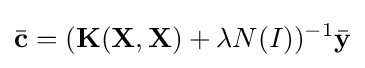
{\bar {\mathbf {c} }}=(\mathbf {K} (\mathbf {X} ,\mathbf {X} )+\lambda N\mathbf {(} I))^{-1}{\bar {\mathbf {y} }}